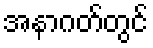
အနာဂတ်တွင်